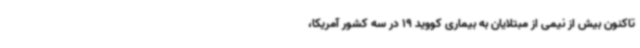
تاکنون بیش از نیمی از مبتلایان به بیماری کووید 19 در سه کشور آمریکا،